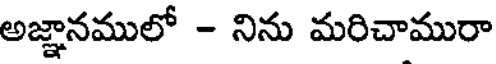
అజ్ఞానములో - నిను మరిచామురా